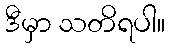
ဒီမှာ သတိရပါ။